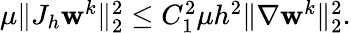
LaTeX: \begin{array}{r}{\mu\| J_{h}\mathbf{w}^{k}\| _{2}^{2}\leq C_{1}^{2}\mu h^{2}\| \nabla\mathbf{w}^{k}\| _{2}^{2}.}\end{array}